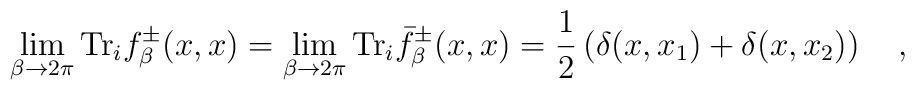
\lim_{\beta\rightarrow 2\pi}\mbox{Tr}_if_\beta^{\pm}(x,x)=\lim_{\beta\rightarrow 2\pi}\mbox{Tr}_i\bar{f}_\beta^{\pm}(x,x)=\frac 12\left(\delta(x,x_1)+\delta(x,x_2)\right)~~~,